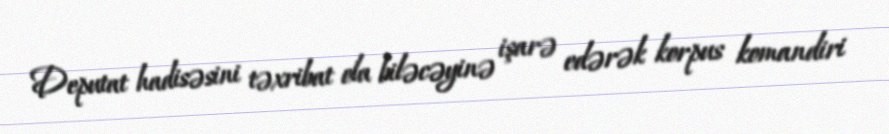
Deputat hadisəsini təxribat ola biləcəyinə işarə edərək korpus komandiri